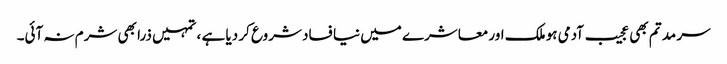
سر مد تم بھی عجیب آدمی ہو ملک اور معاشرے میں نیا فساد شروع کر دیا ہے ، تمہیں ذرا بھی شرم نہ آئی۔